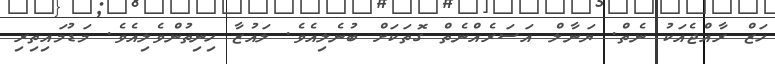
ހަޒް ރާއްޖެއަކު ނެތް. ޔަނާލް އަސަރެއްނެތް ގޮތަކަށް ބުނެލިއެވެ. ލައުޒާ ހިިނިތުންވެލިއެވެ. މަޑުމައިތިރި